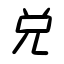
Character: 兌